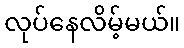
လုပ်နေလိမ့်မယ်။